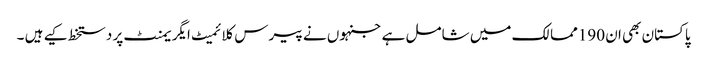
پاکستان بھی ان 190ممالک میں شامل ہے جنہوں نے پیرس کلائمیٹ ایگریمنٹ پر دستخط کیے ہیں ۔